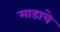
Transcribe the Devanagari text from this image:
माडाचे